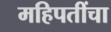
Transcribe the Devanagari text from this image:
महिपतींचा